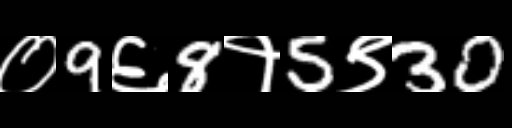
Text: ०9६8१5९30